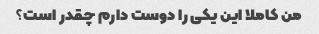
من کاملا این یکی را دوست دارم چقدر است؟